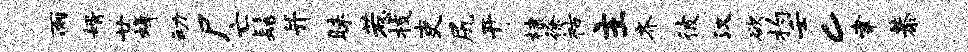
雨婿廿蜂动尸亡髻并昧惹枝吏尻开棣徐祜主齐彼汉欲杓壬c聿恭